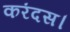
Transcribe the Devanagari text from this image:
करंदस।